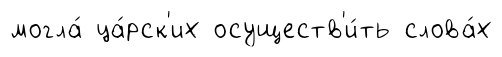
могла́ ца́рск'их осуществ'и́ть слова́х